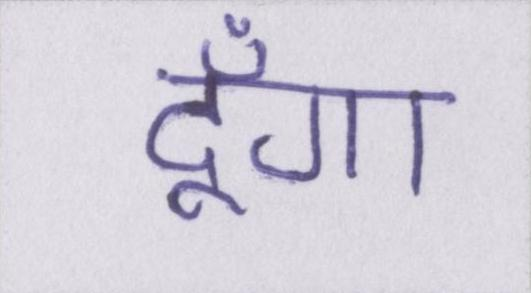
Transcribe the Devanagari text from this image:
दूँगा